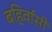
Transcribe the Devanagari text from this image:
बहिर्वासी